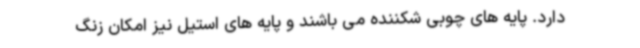
دارد. پایه های چوبی شکننده می باشند و پایه های استیل نیز امکان زنگ